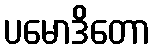
ပမောဒိတော